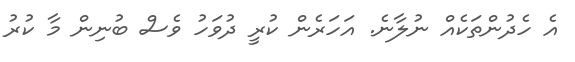
އެ ހެދުންތަކެއް ނުލާނެ. އަހަރެން ކުރީ ދުވަހު ވެސް ބުނިން މާ ކުރު